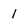
Character: 1